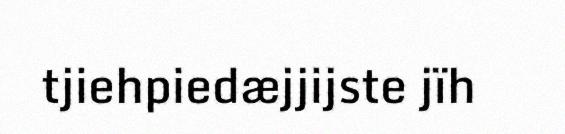
tjiehpiedæjjijste jïh